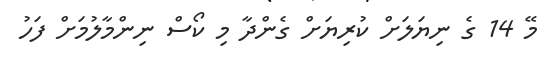
މޭ 14 ގެ ނިޔަލަށް ކުރިޔަށް ގެންދާ މި ކޯސް ނިންމާލުމަށް ފަހު